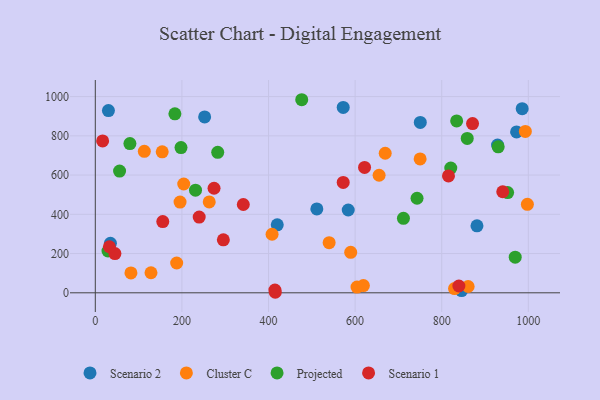
{"axis": {"x": "Price", "y": "Fuel Efficiency"}, "legend": ["Cluster C", "Projected", "Scenario 1", "Scenario 2"], "data": [{"x": "511.6", "y": 427.7, "type": "Scenario 2"}, {"x": "928.9", "y": 753.0, "type": "Scenario 2"}, {"x": "420.2", "y": 346.6, "type": "Scenario 2"}, {"x": "30.3", "y": 928.8, "type": "Scenario 2"}, {"x": "584.1", "y": 422.0, "type": "Scenario 2"}, {"x": "972.9", "y": 819.9, "type": "Scenario 2"}, {"x": "34.9", "y": 252.6, "type": "Scenario 2"}, {"x": "985.8", "y": 938.5, "type": "Scenario 2"}, {"x": "881.4", "y": 341.2, "type": "Scenario 2"}, {"x": "252.5", "y": 896.4, "type": "Scenario 2"}, {"x": "572.5", "y": 944.9, "type": "Scenario 2"}, {"x": "845.8", "y": 11.4, "type": "Scenario 2"}, {"x": "750.5", "y": 868.5, "type": "Scenario 2"}, {"x": "604.4", "y": 29.2, "type": "Cluster C"}, {"x": "204.2", "y": 554.6, "type": "Cluster C"}, {"x": "154.5", "y": 718.6, "type": "Cluster C"}, {"x": "113.2", "y": 720.9, "type": "Cluster C"}, {"x": "993.1", "y": 822.6, "type": "Cluster C"}, {"x": "829.6", "y": 21.5, "type": "Cluster C"}, {"x": "750.1", "y": 682.2, "type": "Cluster C"}, {"x": "589.8", "y": 206.4, "type": "Cluster C"}, {"x": "540.0", "y": 255.5, "type": "Cluster C"}, {"x": "997.8", "y": 451.0, "type": "Cluster C"}, {"x": "669.5", "y": 711.3, "type": "Cluster C"}, {"x": "655.4", "y": 599.2, "type": "Cluster C"}, {"x": "408.2", "y": 298.4, "type": "Cluster C"}, {"x": "128.6", "y": 102.1, "type": "Cluster C"}, {"x": "187.9", "y": 152.0, "type": "Cluster C"}, {"x": "82.3", "y": 101.5, "type": "Cluster C"}, {"x": "619.1", "y": 37.0, "type": "Cluster C"}, {"x": "263.1", "y": 463.3, "type": "Cluster C"}, {"x": "861.0", "y": 32.1, "type": "Cluster C"}, {"x": "195.7", "y": 462.3, "type": "Cluster C"}, {"x": "56.0", "y": 620.6, "type": "Projected"}, {"x": "183.8", "y": 912.1, "type": "Projected"}, {"x": "711.6", "y": 379.5, "type": "Projected"}, {"x": "282.7", "y": 716.0, "type": "Projected"}, {"x": "969.7", "y": 181.5, "type": "Projected"}, {"x": "197.9", "y": 740.1, "type": "Projected"}, {"x": "930.4", "y": 744.1, "type": "Projected"}, {"x": "952.2", "y": 510.8, "type": "Projected"}, {"x": "858.9", "y": 786.6, "type": "Projected"}, {"x": "231.4", "y": 523.0, "type": "Projected"}, {"x": "79.9", "y": 760.3, "type": "Projected"}, {"x": "476.7", "y": 984.0, "type": "Projected"}, {"x": "820.9", "y": 635.9, "type": "Projected"}, {"x": "743.0", "y": 481.8, "type": "Projected"}, {"x": "834.5", "y": 876.1, "type": "Projected"}, {"x": "29.3", "y": 213.0, "type": "Projected"}, {"x": "45.3", "y": 199.8, "type": "Scenario 1"}, {"x": "414.8", "y": 14.1, "type": "Scenario 1"}, {"x": "155.8", "y": 363.1, "type": "Scenario 1"}, {"x": "295.7", "y": 270.1, "type": "Scenario 1"}, {"x": "274.2", "y": 532.9, "type": "Scenario 1"}, {"x": "415.6", "y": 2.7, "type": "Scenario 1"}, {"x": "621.8", "y": 639.1, "type": "Scenario 1"}, {"x": "572.5", "y": 562.4, "type": "Scenario 1"}, {"x": "32.5", "y": 234.8, "type": "Scenario 1"}, {"x": "341.8", "y": 450.1, "type": "Scenario 1"}, {"x": "839.6", "y": 34.8, "type": "Scenario 1"}, {"x": "940.9", "y": 515.0, "type": "Scenario 1"}, {"x": "871.2", "y": 862.4, "type": "Scenario 1"}, {"x": "815.6", "y": 595.5, "type": "Scenario 1"}, {"x": "16.9", "y": 774.0, "type": "Scenario 1"}, {"x": "239.9", "y": 386.1, "type": "Scenario 1"}]}